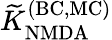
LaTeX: {\widetilde K}_{\mathrm{NMDA}}^{\mathrm{(BC,MC)}}